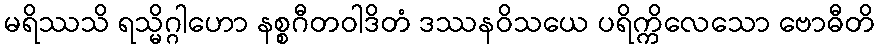
မရိဿသိ ရသ္မိဂ္ဂါဟော နစ္စဂီတဝါဒိတံ ဒဿနဝိသယေ ပရိက္ကိလေသော ဗောဓီတိ